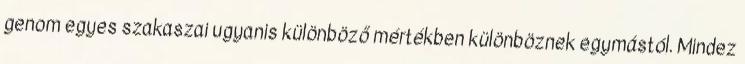
genom egyes szakaszai ugyanis különböző mértékben különböznek egymástól. Mindez